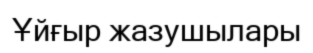
Ұйғыр жазушылары